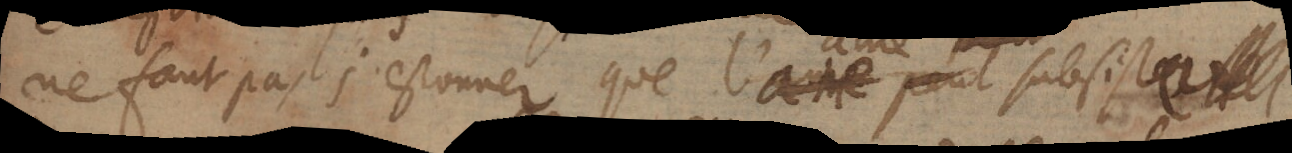
ne faut pas s’estonner que l’ame subsiste